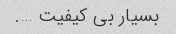
بسیار بی کیفیت ….